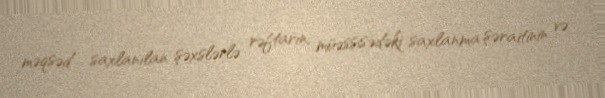
məqsəd saxlanılan şəxslərlə rəftarın, müəssisədəki saxlanma şəraitinin və